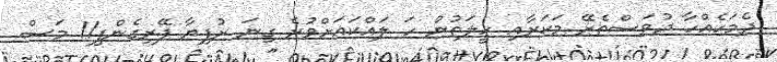
ދެމަހެއްހާ ދުވަސްތެރޭ މަކަރާއި ހީލަތުން ހަ ލައްކައަށްވުރެ ގިނަ ރުފިޔާ ފޭރިގެންފި11 މަސް